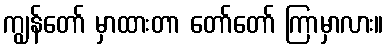
ကျွန်တော် မှာထားတာ တော်တော် ကြာမှာလား။